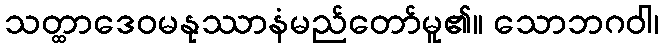
သတ္ထာဒေဝမနုဿာနံမည်တော်မူ၏။ သောဘဂဝါ၊